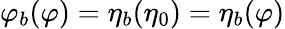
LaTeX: \varphi_{b}(\varphi)=\eta_{b}(\eta_{0})=\eta_{b}(\varphi)